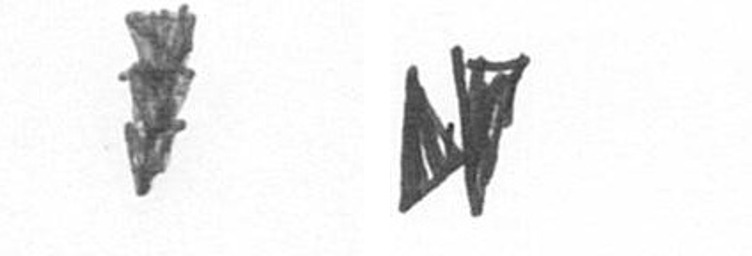
E M